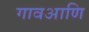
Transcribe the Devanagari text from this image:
गावआणि